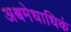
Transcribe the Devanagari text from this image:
अश्वमेधाधिकं